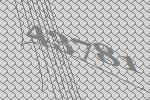
43781